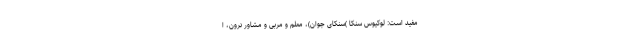
مفید است: لوکیوس سِنِکا )سنکای جوان)، معلم و مربی و مشاور نرون، ا